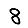
Digit: 8